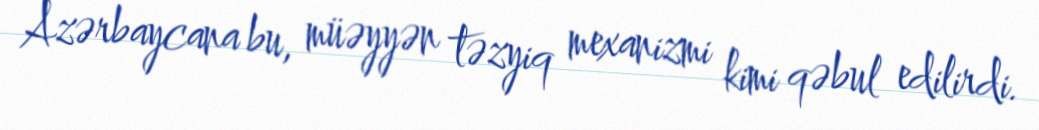
Azərbaycana bu, müəyyən təzyiq mexanizmi kimi qəbul edilirdi.